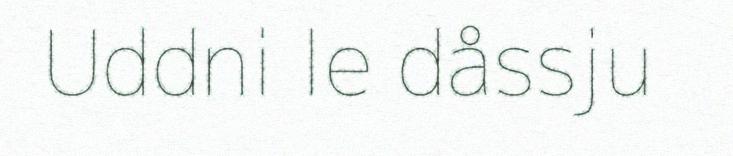
Uddni le dåssju